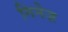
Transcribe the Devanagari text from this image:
गिनेज़